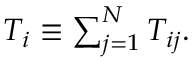
\begin{array} { r } { T _ { i } \equiv \sum _ { j = 1 } ^ { N } T _ { i j } . } \end{array}